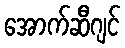
အောက်ဆီဂျင်